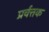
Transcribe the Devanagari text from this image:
प्रर्वत्तक